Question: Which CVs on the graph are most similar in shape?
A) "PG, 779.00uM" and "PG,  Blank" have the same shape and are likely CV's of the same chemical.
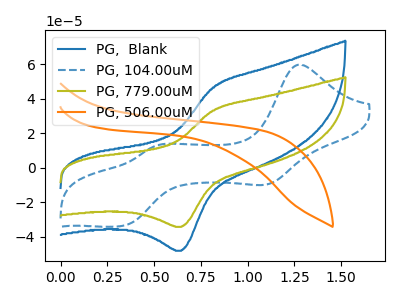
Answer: <think>The blue curve "PG,  Blank" has an anodic peak at (0.80V, 46.40uA) and a cathodic peak at (0.65V, -48.25uA). The blue dashed curve "PG, 104.00uM" has anodic peaks at (1.30V, 59.75uA) (0.50V, 12.55uA) and cathodic peaks at (1.10V, -9.55uA) (0.35V, -33.80uA). The olive curve "PG, 779.00uM" has an anodic peak at (0.80V, 33.10uA) and a cathodic peak at (0.65V, -34.35uA). The orange curve "PG, 506.00uM" has no peaks.
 "PG,  Blank" and "PG, 104.00uM" have a different number of peaks. All the peaks in "PG,  Blank" have a peak in "PG, 779.00uM" at the same potential. Every peak in "PG,  Blank" is higher than every peak in "PG, 779.00uM". "PG,  Blank" and "PG, 506.00uM" have a different number of peaks. "PG, 104.00uM" and "PG, 779.00uM" have a different number of peaks. "PG, 104.00uM" and "PG, 506.00uM" have a different number of peaks. "PG, 779.00uM" and "PG, 506.00uM" have a different number of peaks.</think>
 <answer>A) "PG, 779.00uM" and "PG,  Blank" have the same shape and are likely CV's of the same chemical.</answer>
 <eval>A</eval>